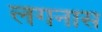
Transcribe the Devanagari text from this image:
लगनास